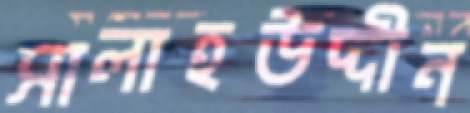
সালাহউদ্দীন